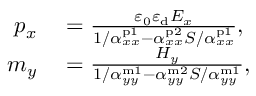
\begin{array} { r l } { p _ { x } } & { { } = \frac { \varepsilon _ { 0 } \varepsilon _ { \mathrm { d } } E _ { x } } { 1 / \alpha _ { x x } ^ { \mathrm { p 1 } } - \alpha _ { x x } ^ { \mathrm { p 2 } } S / \alpha _ { x x } ^ { \mathrm { p 1 } } } , } \\ { m _ { y } } & { { } = \frac { H _ { y } } { 1 / \alpha _ { y y } ^ { \mathrm { m 1 } } - \alpha _ { y y } ^ { \mathrm { m 2 } } S / \alpha _ { y y } ^ { \mathrm { m 1 } } } , } \end{array}